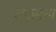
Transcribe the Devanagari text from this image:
लक्षमणा